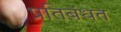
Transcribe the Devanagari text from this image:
प्रतिबंधत